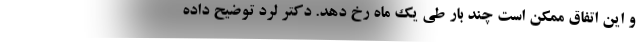
و این اتفاق ممکن است چند بار طی یک ماه رخ دهد. دکتر لرد توضیح داده